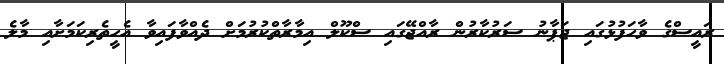
ރައީސްގެ ވާހަފުޅުގައި ޖަޕާނު ސަރުކާރުން ރާއްޖޭގައި ސްކޫލް އިމާރާތްކުރުމަށް ދެއްވާފައިވާ އެހީތެރިކަމަށާއި މާލެ